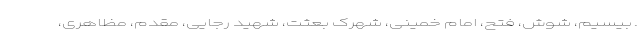
ـ بیسیم، شوش، فتح، امام خمینی، شهرک بعثت، شهید رجایی، مقدم، مظاهری،